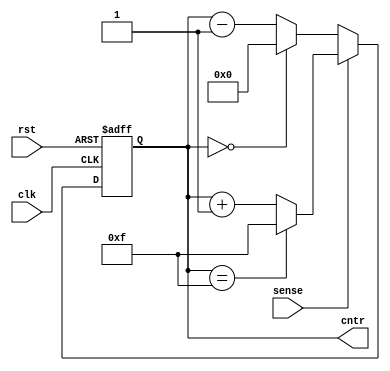
/*
Author: Mayank Parasar
email-id: mparasar3@gatech.edu
Description:
In this file I am trying to implement
an up/down counter...
*/
// Trivia: Inputs are always wires..
// though can be driven by reg or wire externally..
// Output can be reg or wire, but always connected
// as wires to the extrnal world..

/*Declaring and defining the ports of 'counter' module...*/
module up_dn_cntr (
input wire clk, // clock
input wire rst, // reset
input wire sense, // for up/down signal..
				  // 1: up; 0:down
output reg [3:0] cntr // output of the counter at anytime
);

/*Define the logic of the counter here..*/
/*It should be a saturating counter..
Otherwise the default dehaviour is rollong over.. */

always @(posedge clk or posedge rst) begin
	if (rst) begin
		// reset
		cntr <= 4'b0000;
	end
	else if (sense == 1'b1) begin
		if (cntr == 4'b1111) 
			cntr <= 4'b1111;
		else 
			cntr <= cntr + 1'b1;
	end else if (sense == 1'b0) begin
		if (cntr == 4'b0000) 
			cntr <= 4'b0000;
		else 
			cntr <= cntr - 1'b1;
	end
end

endmodule